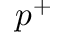
p ^ { + }